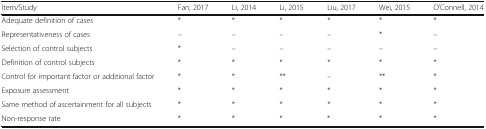
| Item/Study | Fan, 2017 | Li, 2014 | Li, 2015 | Liu, 2017 | Wei, 2015 | O’Connell, 2014 |
 | --- | --- | --- | --- | --- | --- | --- |
 | Adequate definition of cases | * | * | * | * | * | * |
 | Representativeness of cases | – | – | – | – | * | – |
 | Selection of control subjects | * | – | – | – | – | – |
 | Definition of control subjects | * | * | * | * | * | * |
 | Control for important factor or additional factor | * | * | ** | – | ** | * |
 | Exposure assessment | * | * | * | * | * | * |
 | Same method of ascertainment for all subjects | * | * | * | * | * | * |
 | Non-response rate | * | * | * | * | * | * |